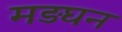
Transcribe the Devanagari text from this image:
मड़घन